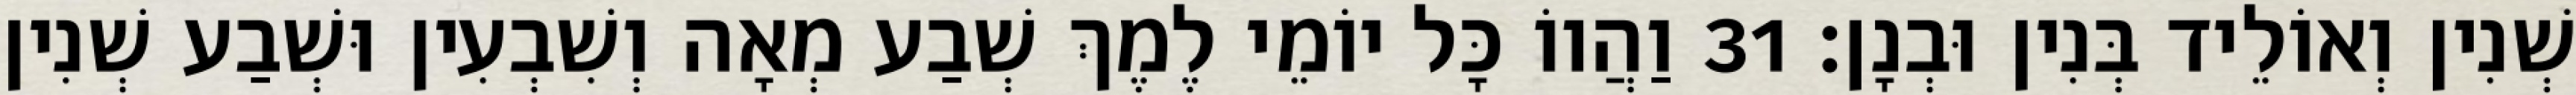
שְׁנִין וְאוֹלֵיד בְּנִין וּבְנָן׃ 31 וַהֲווֹ כָּל יוֹמֵי לֶמֶךְ שְׁבַע מְאָה וְשִׁבְעִין וּשְׁבַע שְׁנִין